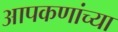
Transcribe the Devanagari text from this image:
आपकणांच्या